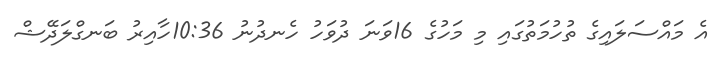
އެ މައްސަލައިގެ ތުހުމަތުގައި މި މަހުގެ 16ވަނަ ދުވަހު ހެނދުނު 10:36ހާއިރު ބަނގްލަދޭޝް